Indian journal of veterinary science and animal husbandry - Volume 10,
Year: 1940
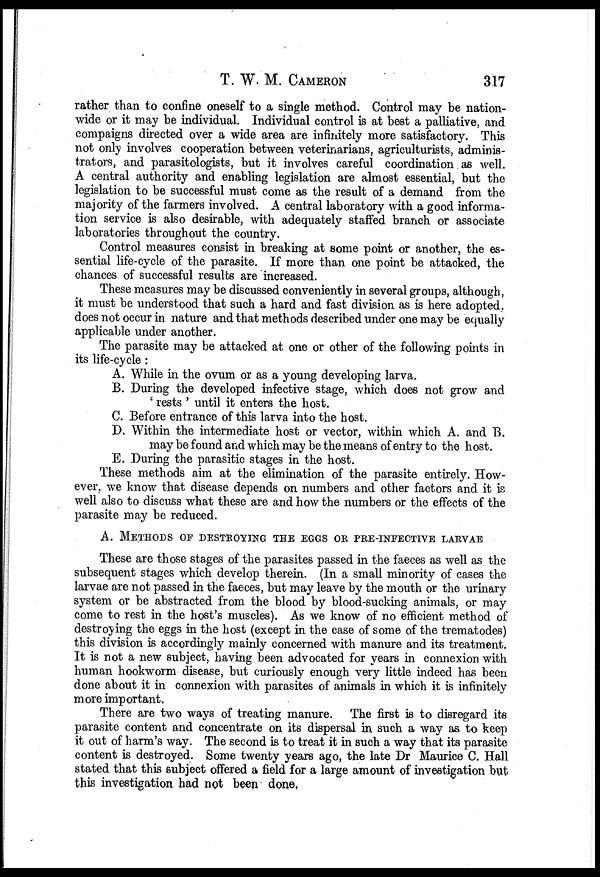
T. W. M.
CAMERON
317
rather than to confine oneself to a single method. Control may be nation-
wide or it may be individual. Individual control is at best a palliative, and
compaigns directed over a wide area are infinitely more satisfactory. This
not only involves cooperation between veterinarians, agriculturists, adminis-
trators, and parasitologists, but it involves careful coordination as well.
A central authority and enabling legislation are almost essential, but the
legislation to be successful must come as the result of a demand from the
majority of the farmers involved. A central laboratory with a good informa-
tion service is also desirable, with adequately staffed branch or associate
laboratories throughout the country.
Control measures consist in breaking at some point or another, the es-
sential life-cycle of the parasite. If more than one point be attacked, the
chances of successful results are increased.
These measures may be discussed conveniently in several groups, although,
it must be understood that such a hard and fast division as is here adopted,
does not occur in nature and that methods described under one may be equally
applicable under another.
The parasite may be attacked at one or other of the following points in
its life-cycle:
A. While in the ovum or as a young developing larva.
B. During the developed infective stage, which does not grow and
' rests ' until it enters the host.
C. Before entrance of this larva into the host.
D. Within the intermediate host or vector, within which A. and B.
may be found and which may be the means of entry to the host.
E. During the parasitic stages in the host.
These methods aim at the elimination of the parasite entirely. How-
ever, we know that disease depends on numbers and other factors and it is
well also to discuss what these are and how the numbers or the effects of the
parasite may be reduced.
A. METHODS OF DESTROYING THE EGGS OR PRE-INFECTIVE LARVAE
These are those stages of the parasites passed in the faeces as well as the
subsequent stages which develop therein. (In a small minority of cases the
larvae are not passed in the faeces, but may leave by the mouth or the urinary
system or be abstracted from the blood by blood-sucking animals, or may
come to rest in the host's muscles). As we know of no efficient method of
destroying the eggs in the host (except in the case of some of the trematodes)
this division is accordingly mainly concerned with manure and its treatment.
It is not a new subject, having been advocated for years in connexion with
human hookworm disease, but curiously enough very little indeed has been
done about it in connexion with parasites of animals in which it is infinitely
more important.
There are two ways of treating manure. The first is to disregard its
parasite content and concentrate on its dispersal in such a way as to keep
it out of harm's way. The second is to treat it in such a way that its parasite
content is destroyed. Some twenty years ago, the late Dr Maurice C. Hall
stated that this subject offered a field for a large amount of investigation but
this investigation had not been done,